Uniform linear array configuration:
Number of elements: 48
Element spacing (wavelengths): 0.75
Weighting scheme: hann
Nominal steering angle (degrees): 60
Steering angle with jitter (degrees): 59.793
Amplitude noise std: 0.05
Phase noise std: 0.05

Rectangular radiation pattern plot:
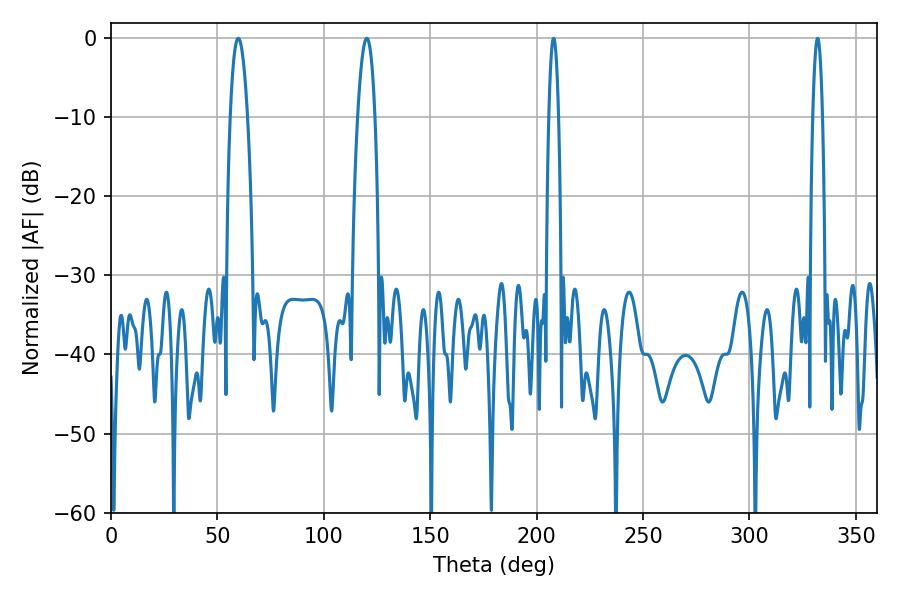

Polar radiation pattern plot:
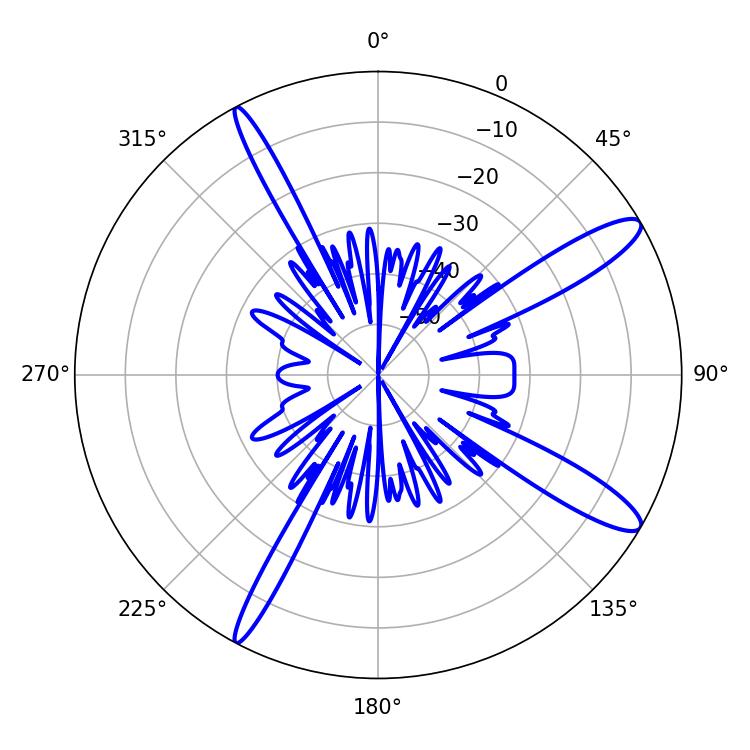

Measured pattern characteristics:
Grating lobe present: TRUE
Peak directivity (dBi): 12.929
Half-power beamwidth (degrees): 4.5
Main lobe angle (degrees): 120.24